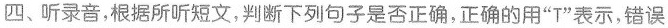
四、听录音,根据所听短文,判断下列句子是否正确,正确的用"T"表示,错误